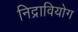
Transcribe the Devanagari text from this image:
निद्रावियोग